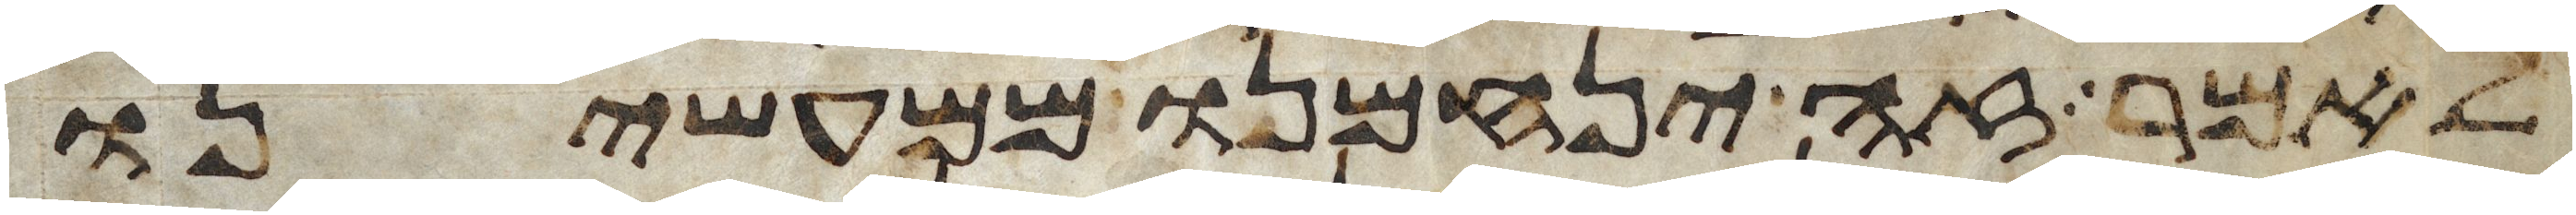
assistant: לאמר זה ינחמנו ממעשינו